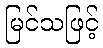
မြင်သဖြင့်